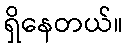
ရှိနေတယ်။